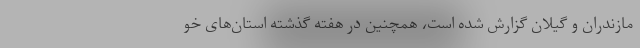
مازندران و گیلان گزارش شده است، همچنین در هفته گذشته استان‌های خو